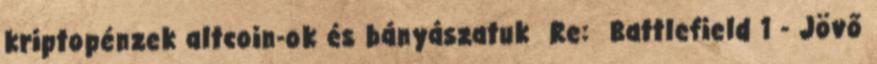
kriptopénzek altcoin-ok és bányászatuk Re: Battlefield 1 - Jövő